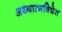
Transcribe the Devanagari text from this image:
अध्यात्मविद्येत